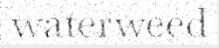
waterweed